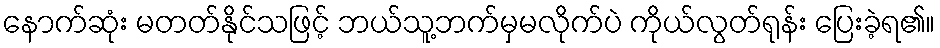
နောက်ဆုံး မတတ်နိုင်သဖြင့် ဘယ်သူ့ဘက်မှမလိုက်ပဲ ကိုယ်လွတ်ရုန်း ပြေးခဲ့ရ၏။